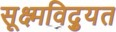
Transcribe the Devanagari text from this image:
सूक्ष्मविद्युत